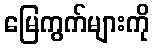
မြေကွက်များကို